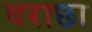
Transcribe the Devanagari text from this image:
वराछा